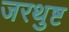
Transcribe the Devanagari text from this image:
जरथुष्ट